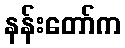
နန်းတော်က